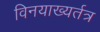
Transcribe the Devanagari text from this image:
विनयाख्यर्तत्र